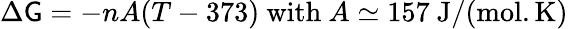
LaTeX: \Delta\mathsf{G}=-nA(T-373)\ \mathrm{{with}}\ A\simeq157\ \mathrm{{J/(mol.K)}}